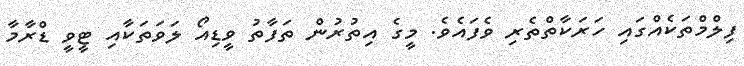
ފިލްމްތަކެއްގައި ހަރަކާތްތެރި ވެފައެވެ. މީގެ އިތުރުން ތަފާތު ވީޑިއޯ ލަވަތަކާއި ޓީވީ ޑްރާމާ